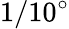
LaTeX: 1/10^{\circ}